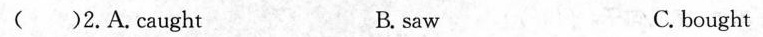
( )2.A.Caught B. saw C. bought